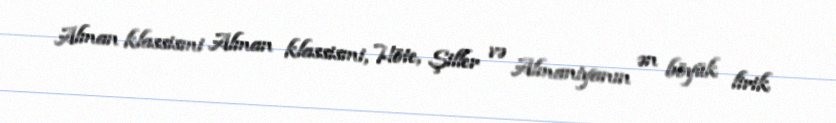
Alman klassismi Alman klassismi, Höte, Şiller və Almaniyanın ən böyük lirik